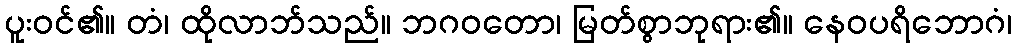
ပူးဝင်၏။ တံ၊ ထိုလာဘ်သည်။ ဘဂဝတော၊ မြတ်စွာဘုရား၏။ နေဝပရိဘောဂံ၊